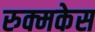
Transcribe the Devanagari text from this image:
रुक्मकेस